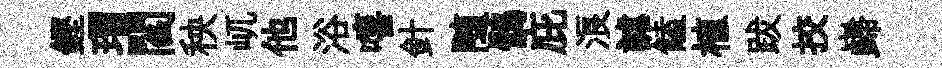
鏗瑁閻秧屼他浴嘻針随鶻庇浪謔饁植跋挍巋